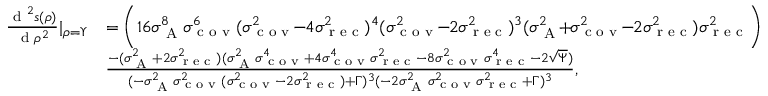
\begin{array} { r l } { \frac { \textrm { d } ^ { 2 } s ( \rho ) } { \textrm { d } \rho ^ { 2 } } | _ { \rho = \Upsilon } } & { = \bigg ( 1 6 \sigma _ { \textrm { A } } ^ { 8 } \sigma _ { \textrm { c o v } } ^ { 6 } ( \sigma _ { \textrm { c o v } } ^ { 2 } \! \! - \! \! 4 \sigma _ { \textrm { r e c } } ^ { 2 } ) ^ { 4 } ( \sigma _ { \textrm { c o v } } ^ { 2 } \! \! - \! \! 2 \sigma _ { \textrm { r e c } } ^ { 2 } ) ^ { 3 } ( \sigma _ { \textrm { A } } ^ { 2 } \! \! + \! \! \sigma _ { \textrm { c o v } } ^ { 2 } \! \! - \! \! 2 \sigma _ { \textrm { r e c } } ^ { 2 } ) \sigma _ { \textrm { r e c } } ^ { 2 } \bigg ) } \\ & { \frac { - ( \sigma _ { \textrm { A } } ^ { 2 } + 2 \sigma _ { \textrm { r e c } } ^ { 2 } ) ( \sigma _ { \textrm { A } } ^ { 2 } \sigma _ { \textrm { c o v } } ^ { 4 } + 4 \sigma _ { \textrm { c o v } } ^ { 4 } \sigma _ { \textrm { r e c } } ^ { 2 } - 8 \sigma _ { \textrm { c o v } } ^ { 2 } \sigma _ { \textrm { r e c } } ^ { 4 } - 2 \sqrt { \Psi } ) } { ( - \sigma _ { \textrm { A } } ^ { 2 } \sigma _ { \textrm { c o v } } ^ { 2 } ( \sigma _ { \textrm { c o v } } ^ { 2 } - 2 \sigma _ { \textrm { r e c } } ^ { 2 } ) + \Gamma ) ^ { 3 } ( - 2 \sigma _ { \textrm { A } } ^ { 2 } \sigma _ { \textrm { c o v } } ^ { 2 } \sigma _ { \textrm { r e c } } ^ { 2 } + \Gamma ) ^ { 3 } } , } \end{array}